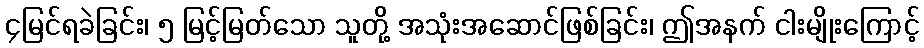
၄မြင်ရခဲခြင်း၊ ၅ မြင့်မြတ်သော သူတို့ အသုံးအဆောင်ဖြစ်ခြင်း၊ ဤအနက် ငါးမျိုးကြောင့်